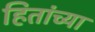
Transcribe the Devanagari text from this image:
हितांच्या